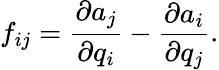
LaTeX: f_{ij}=\frac{\partial a_{j}}{\partial q_{i}}-\frac{\partial a_{i}}{\partial q_{j}}.